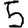
Digit: 5